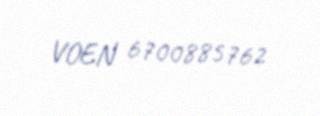
VOEN 6700885762